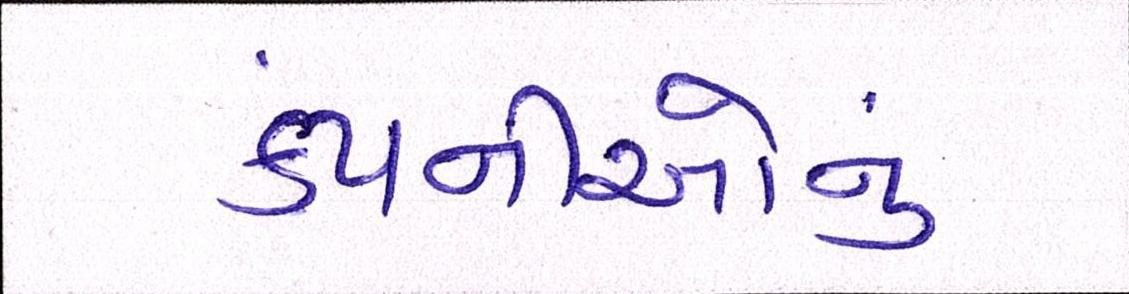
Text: કંપનીઓનું